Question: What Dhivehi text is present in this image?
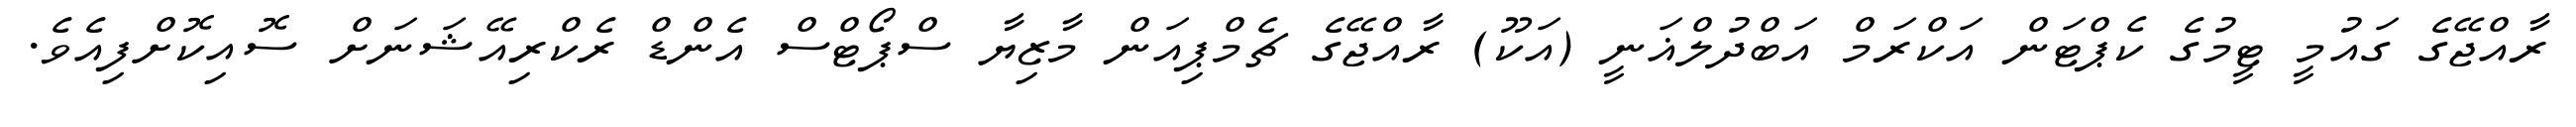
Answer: ރާއްޖޭގެ ގައުމީ ޓީމުގެ ކެޕްޓަން އަކްރަމް އަބްދުލްޣަނީ (އަކޫ) ރާއްޖޭގެ ޗެމްޕިއަން މާޒިޔާ ސްޕޯޓްސް އެންޑް ރެކްރިއޭޝަނަށް ސޮއިކޮށްފިއެވެ.